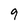
Character: 9